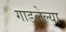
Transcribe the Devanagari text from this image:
गाडलेल्या